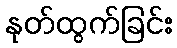
နုတ်ထွက်ခြင်း